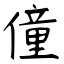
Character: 僮